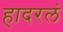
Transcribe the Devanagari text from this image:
हादरलं